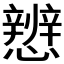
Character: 𪭀